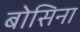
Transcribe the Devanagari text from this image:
बोसिना